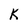
Character: k